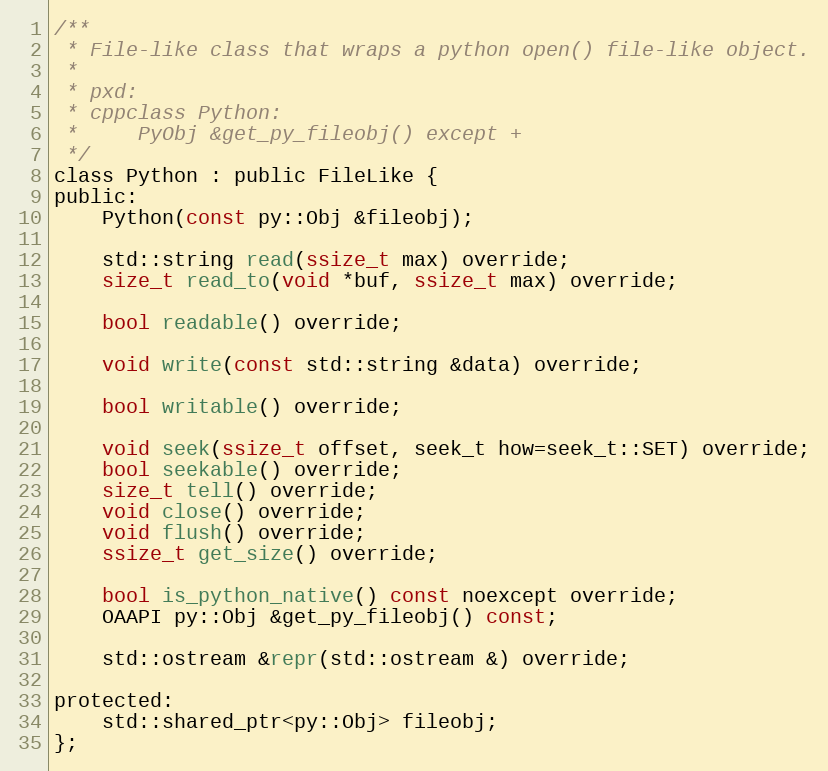
Language: C
/**
 * File-like class that wraps a python open() file-like object.
 *
 * pxd:
 * cppclass Python:
 *     PyObj &get_py_fileobj() except +
 */
class Python : public FileLike {
public:
	Python(const py::Obj &fileobj);

	std::string read(ssize_t max) override;
	size_t read_to(void *buf, ssize_t max) override;

	bool readable() override;

	void write(const std::string &data) override;

	bool writable() override;

	void seek(ssize_t offset, seek_t how=seek_t::SET) override;
	bool seekable() override;
	size_t tell() override;
	void close() override;
	void flush() override;
	ssize_t get_size() override;

	bool is_python_native() const noexcept override;
	OAAPI py::Obj &get_py_fileobj() const;

	std::ostream &repr(std::ostream &) override;

protected:
	std::shared_ptr<py::Obj> fileobj;
};